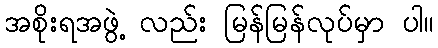
အစိုးရအဖွဲ့ လည်း မြန်မြန်လုပ်မှာ ပါ။